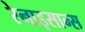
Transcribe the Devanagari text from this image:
रेनाइसान्स